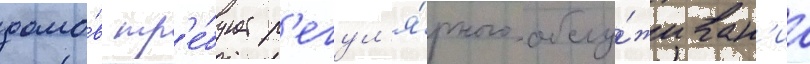
домо́в тр'е́бует р'егул'я́рного обслу́живан'иа